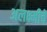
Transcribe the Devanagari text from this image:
अलक्ष्मीचे